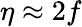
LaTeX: \eta\approx 2f